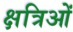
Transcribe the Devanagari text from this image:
क्षत्रिओं